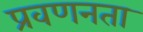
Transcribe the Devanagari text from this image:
प्रवणनता